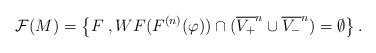
LaTeX: \begin{align*}\mathcal{F}(M) = \left\{ F \;,WF(F^{(n)}(\varphi)) \cap (\overline{V_+}^n\cup \overline{V_-}^n) = \emptyset \right\}.\end{align*}